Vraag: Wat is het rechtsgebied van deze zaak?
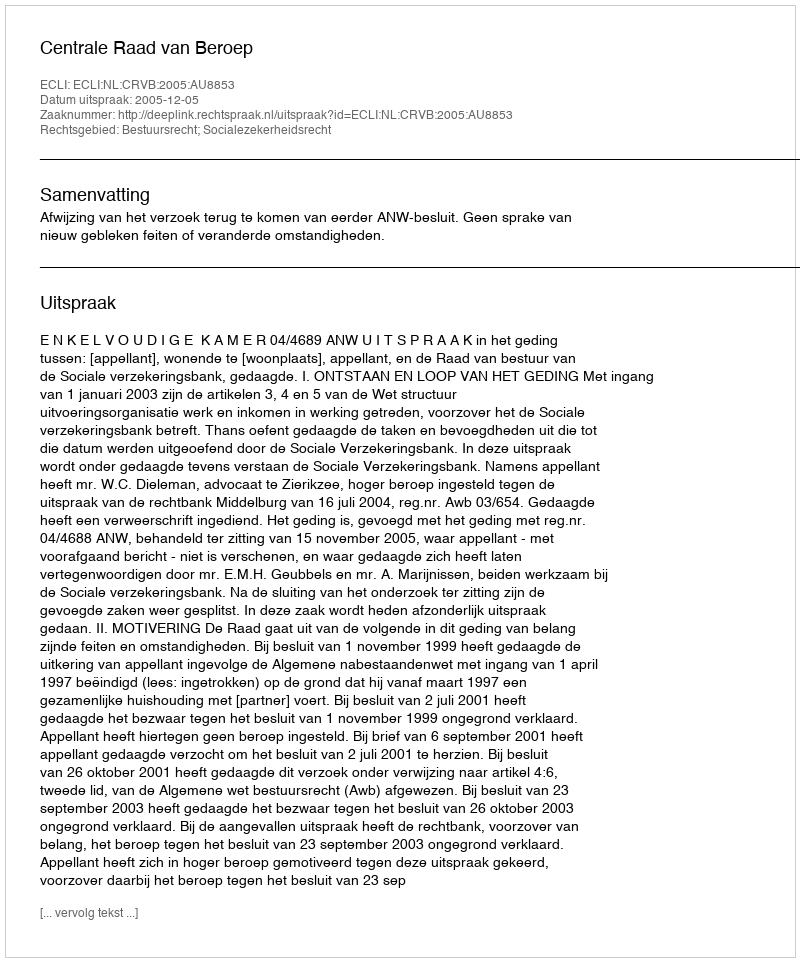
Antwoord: Bestuursrecht; Socialezekerheidsrecht